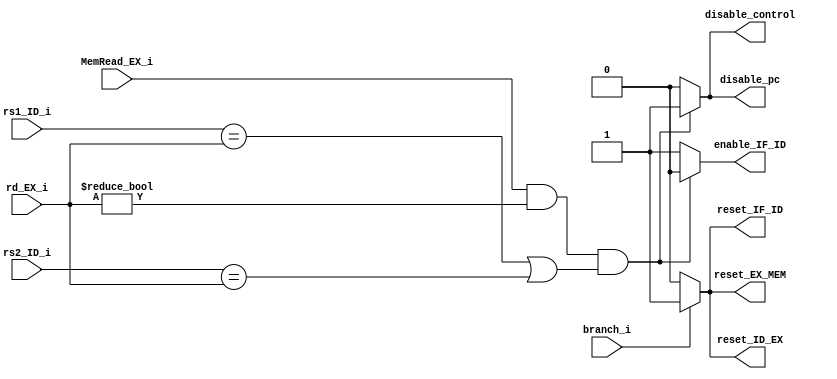
/******************************************************************
* Description
*	This is a register that is used for implementing Forwarding Unit
*	1.0
* Author:
*	Gabriela de la Fuente & Daniel Gutirrez
******************************************************************/
module Hazard_Detection_Unit
(	
	input MemRead_EX_i,
	input branch_i,
	input [4:0] rd_EX_i,
	input [4:0] rs1_ID_i,
	input [4:0] rs2_ID_i,
	
	output reg disable_control,
	output reg disable_pc,
	output reg enable_IF_ID,
	
	output reg reset_IF_ID,
	output reg reset_ID_EX,
	output reg reset_EX_MEM
	
);

always @(MemRead_EX_i,rd_EX_i, rs1_ID_i, rs2_ID_i)//always para checar dependencia de rs1 o rs2 en un lw
	begin
	if((MemRead_EX_i == 1) && (rd_EX_i != 0) && ((rs1_ID_i == rd_EX_i) || (rs2_ID_i == rd_EX_i)))
	
			begin
				disable_control = 1; //habilitar disables, deshabilitar enable xD
				disable_pc = 1;
				enable_IF_ID = 0;
			end

	else
		begin
		disable_control = 0; //se queda todo igual si no hay dependencia
		disable_pc = 0;
		enable_IF_ID = 1;
		end
		
	end
	
always @(branch_i) //always para checar si hay un branch
	begin
		if(branch_i == 1) //si hay resetear los registros
			begin
				reset_IF_ID = 1;
				reset_ID_EX = 1;
				reset_EX_MEM = 1;
			end
		else
			begin  			//si no, no xD
				reset_IF_ID = 0;
				reset_ID_EX = 0;
				reset_EX_MEM = 0;
			end
	
	end
   

endmodule